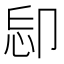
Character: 𠨝